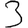
Digit: 3